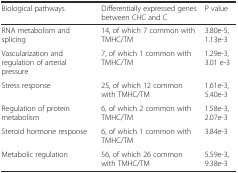
<table><thead><tr><td><b>Biological pathways</b></td><td><b>Differentially expressed genes between CHC and C</b></td><td><b>P value</b></td></tr></thead><tbody><tr><td>RNA metabolism and splicing</td><td>14, of which 7 common with TMHC/TM</td><td>3.80e-5, 1.13e-3</td></tr><tr><td>Vascularization and regulation of arterial pressure</td><td>7, of which 1 common with TMHC/TM</td><td>1.29e-3, 3.01 e-3</td></tr><tr><td>Stress response</td><td>25, of which 12 common with TMHC/TM</td><td>1.61e-3, 5.40e-3</td></tr><tr><td>Regulation of protein metabolism</td><td>6, of which 2 common with TMHC/TM</td><td>1.58e-3, 2.07e-3</td></tr><tr><td>Steroid hormone response</td><td>6, of which 1 common with TMHC/TM</td><td>3.84e-3</td></tr><tr><td>Metabolic regulation</td><td>56, of which 26 common with TMHC/TM</td><td>5.59e-3, 9.38e-3</td></tr></tbody></table>